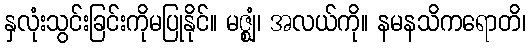
နှလုံးသွင်းခြင်းကိုမပြုနိုင်။ မဇ္ဈံ၊ အလယ်ကို။ နမနသိကရောတိ၊